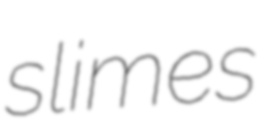
slimes